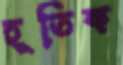
হূতিক